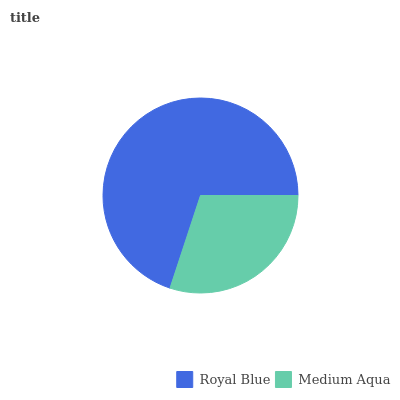
| Royal Blue | Medium Aqua |
 | --- | --- |
 | 69.9% | 30.1% |